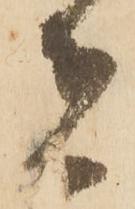
者